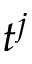
t ^ { j }